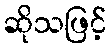
ဆိုသဖြင့်